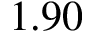
1 . 9 0